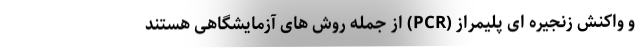
و واکنش زنجیره‌ ای پلیمراز (PCR) از جمله روش های آزمایشگاهی هستند